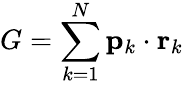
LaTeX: G=\sum_{k=1}^{N}\mathbf{p}_{k}\cdot\mathbf{r}_{k}